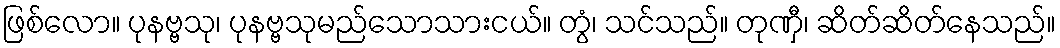
ဖြစ်လော။ ပုနဗ္ဗသု၊ ပုနဗ္ဗသုမည်သောသားငယ်။ တွံ၊ သင်သည်။ တုဏှီ၊ ဆိတ်ဆိတ်နေသည်။